Lunatic asylums United Provinces 1899-1908 - 1899-1908
Year: 1899
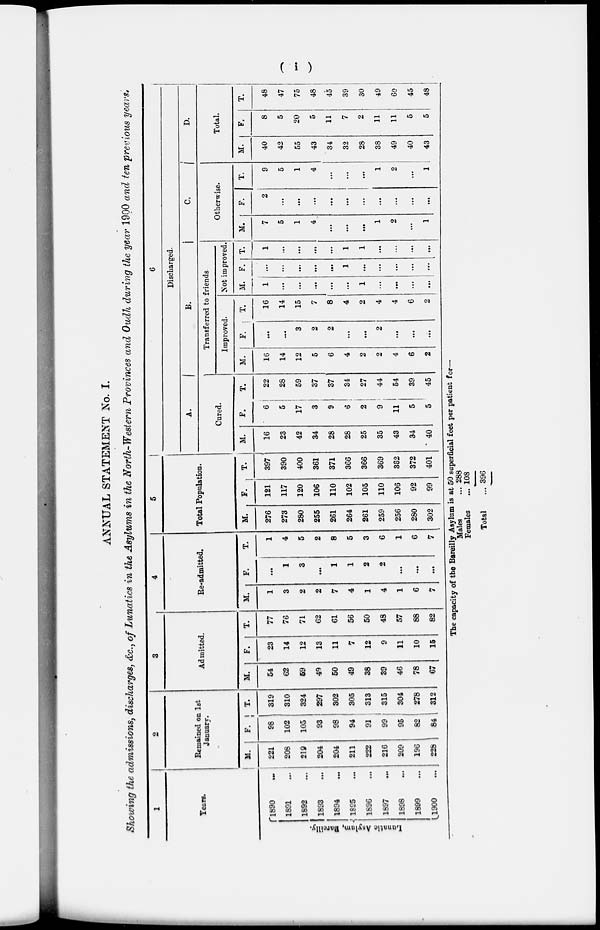
( i )
ANNUAL STATEMENT No. I.
Showing the admissions, discharges, &c., of Lunatics in the Asylums in the North-Western Provinces and Oudh during the year 1900 and ten previous years.
1
Years.
Lunatic Asylam, Barelly.
1890 ...
1891 ...
1892 ...
1893 ...
1894 ...
1895 ...
1896 ...
1897 ...
1898 ...
1899 ...
1900 ...
2
Remained on 1st
January.
M.
221
208
219
204
204
211
222
216
209
196
228
F.
98
102
105
93
98
94
91
99
95
82
84
T.
319
310
324
297
302
305
313
315
304
278
312
3
Admitted.
M.
54
62
59
49
50
49
38
39
46
78
67
F.
23
14
12
13
11
7
12
9
11
10
15
T.
77
76
71
62
61
56
50
48
57
88
82
4
Re-admitted.
M.
1
3
2
2
7
4
1
4
1
6
7
F.
...
1
3
...
1
1
2
2
...
...
...
T.
1
4
5
2
8
5
3
6
1
6
7
5
Total Population.
M.
276
273
280
255
261
264
261
259
256
280
302
F.
121
117
120
106
110
102
105
110
106
92
99
T.
397
390
400
361
371
366
366
369
362
372
401
6
Discharged.
A.
Cured.
M.
16
23
42
34
28
28
25
35
43
34
40
F.
6
5
17
3
9
6
2
9
11
5
5
T.
22
28
59
37
37
34
27
44
54
39
45
B.
Transferred to friends
Improved.
M.
16
14
12
5
6
4
2
2
4
6
2
F.
...
...
3
2
2
...
...
2
...
...
...
T.
16
14
15
7
8
4
2
4
4
6
2
Not improved.
M.
1
...
...
...
...
...
1
...
...
...
...
F.
...
...
...
...
...
1
...
...
...
...
...
T.
1
...
...
...
...
1
1
...
...
...
...
C.
Otherwise.
M.
7
5
1
4
...
...
...
1
2
...
1
F.
2
...
...
...
...
...
...
...
...
...
...
T.
9
5
1
4
...
...
...
1
2
...
1
D.
Total.
M.
40
42
55
43
34
32
28
38
49
40
43
F.
8
5
20
5
11
7
2
11
11
5
5
T.
48
47
75
48
45
39
30
49
60
45
48
The capacity of the Bareilly Asylum is at 50 superficial feet per patient for—
Males ...
Females ...
Total ...
288
108
396